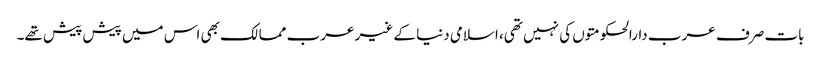
بات صرف عرب دارالحکومتوں کی نہیں تھی، اسلامی دنیا کے غیر عرب ممالک بھی اس میں پیش پیش تھے۔